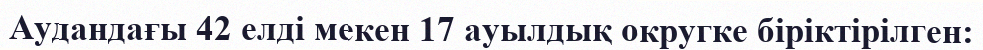
Аудандағы 42 елді мекен 17 ауылдық округке біріктірілген: